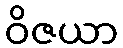
ဝိဇယာ